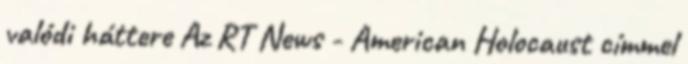
valódi háttere Az RT News - American Holocaust címmel